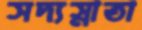
সদ্যস্নাতা